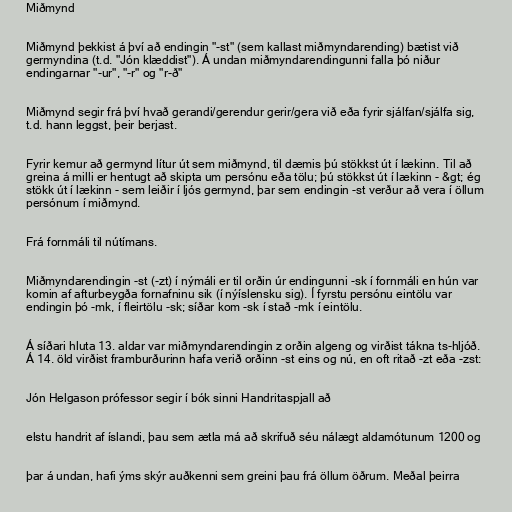
Miðmynd

Miðmynd þekkist á því að endingin "-st" (sem kallast miðmyndarending) bætist við
germyndina (t.d. "Jón klæddist"). Á undan miðmyndarendingunni falla þó niður
endingarnar "-ur", "-r" og "r-ð"

Miðmynd segir frá því hvað gerandi/gerendur gerir/gera við eða fyrir sjálfan/sjálfa sig,
t.d. hann leggst, þeir berjast.

Fyrir kemur að germynd lítur út sem miðmynd, til dæmis þú stökkst út í lækinn. Til að
greina á milli er hentugt að skipta um persónu eða tölu; þú stökkst út í lækinn - &gt; ég
stökk út í lækinn - sem leiðir í ljós germynd, þar sem endingin -st verður að vera í öllum
persónum í miðmynd.

Frá fornmáli til nútímans.

Miðmyndarendingin -st (-zt) í nýmáli er til orðin úr endingunni -sk í fornmáli en hún var
komin af afturbeygða fornafninu sik (í nýíslensku sig). Í fyrstu persónu eintölu var
endingin þó -mk, í fleirtölu -sk; síðar kom -sk í stað -mk í eintölu.

Á síðari hluta 13. aldar var miðmyndarendingin z orðin algeng og virðist tákna ts-hljóð.
Á 14. öld virðist framburðurinn hafa verið orðinn -st eins og nú, en oft ritað -zt eða -zst:

Jón Helgason prófessor segir í bók sinni Handritaspjall að

elstu handrit af íslandi, þau sem ætla má að skrifuð séu nálægt aldamótunum 1200 og

þar á undan, hafi ýms skýr auðkenni sem greini þau frá öllum öðrum. Meðal þeirra